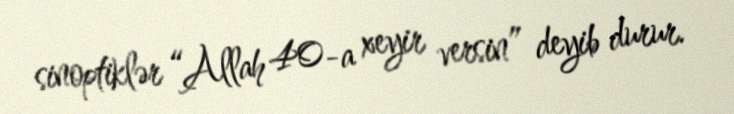
sinoptiklər “Allah 40-a xeyir versin” deyib durur.